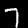
Label: 7